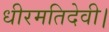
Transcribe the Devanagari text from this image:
धीरमतिदेवी।